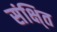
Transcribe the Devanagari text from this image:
संक्षि्त